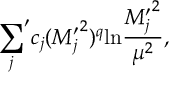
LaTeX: { \sum _ { j } } ^ { \prime } c _ { j } ( { M _ { j } ^ { \prime } } ^ { 2 } ) ^ { q } \mathrm { l n } { \frac { { M _ { j } ^ { \prime } } ^ { 2 } } { \mu ^ { 2 } } } ,